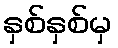
နှစ်နှစ်မှ